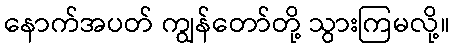
နောက်အပတ် ကျွန်တော်တို့ သွားကြမလို့။